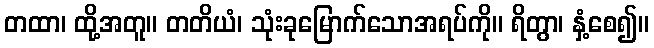
တထာ၊ ထို့အတူ။ တတိယံ၊ သုံးခုမြောက်သောအရပ်ကို။ ရိတွာ၊ နှံ့စေ၍။